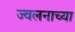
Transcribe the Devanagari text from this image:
ज्वलनाच्या